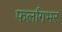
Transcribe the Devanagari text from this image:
फर्लांगभर